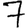
Digit: 7